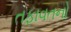
તફાવતનો